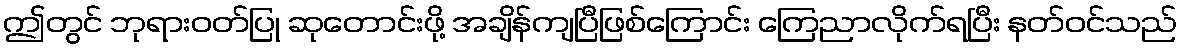
ဤတွင် ဘုရားဝတ်ပြု ဆုတောင်းဖို့ အချိန်ကျပြီဖြစ်ကြောင်း ကြေညာလိုက်ရပြီး နတ်ဝင်သည်